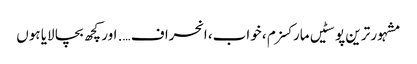
مشہور ترین پوسٹیں	مارکسزم ، خواب، انحراف …. اور کچھ بچا لایا ہوں